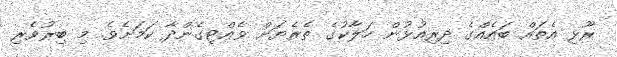
ރޫޅި އެތައް ބައެއްގެ ދިރިއުޅުން ހަލާކުގެ ތެެރެޔަށް ވެއްޓިގެންދާ ކަމަށެވެ. މި ބިރުވެރި